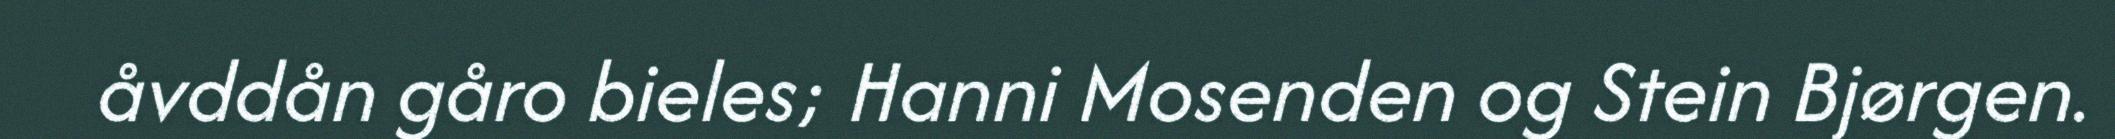
åvddån gåro bieles; Hanni Mosenden og Stein Bjørgen.